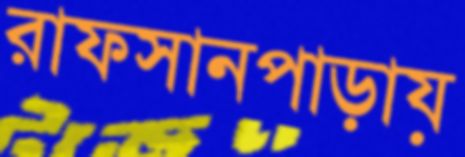
রাফসানপাড়ায়